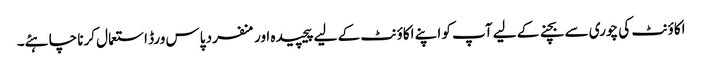
اکاؤنٹ کی چوری سے بچنے کے لیے آپ کو اپنے اکاؤنٹ کے لیے پیچیدہ اور منفرد پاس ورڈ استعمال کرنا چاہئے۔